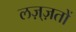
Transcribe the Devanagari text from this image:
लज़्ज़तों